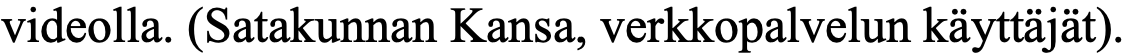
videolla. (Satakunnan Kansa, verkkopalvelun käyttäjät).